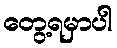
တွေ့ရမှာပါ